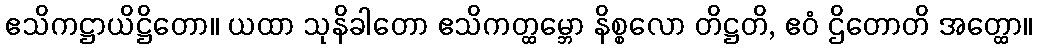
ဧသိကဋ္ဌာယိဋ္ဌိတော။ ယထာ သုနိခါတော ဧသိကတ္ထမ္ဘော နိစ္စလော တိဋ္ဌတိ, ဧဝံ ဌိတောတိ အတ္ထော။